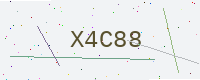
Text: X4C88